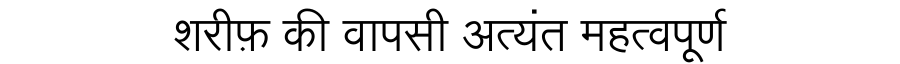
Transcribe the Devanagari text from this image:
शरीफ़ की वापसी अत्यंत महत्वपूर्ण